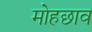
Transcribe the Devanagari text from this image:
मोहछाव